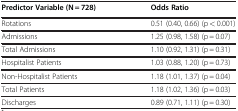
| Predictor Variable (N = 728) | Odds Ratio |
 | --- | --- |
 | Rotations | 0.51 (0.40, 0.66) (p < 0.001) |
 | Admissions | 1.25 (0.98, 1.58) (p = 0.07) |
 | Total Admissions | 1.10 (0.92, 1.31) (p = 0.31) |
 | Hospitalist Patients | 1.03 (0.88, 1.20) (p = 0.73) |
 | Non-Hospitalist Patients | 1.18 (1.01, 1.37) (p = 0.04) |
 | Total Patients | 1.18 (1.02, 1.36) (p = 0.03) |
 | Discharges | 0.89 (0.71, 1.11) (p = 0.30) |